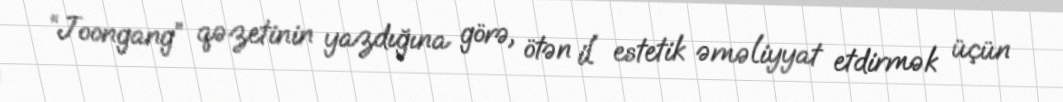
“Joongang” qəzetinin yazdığına görə, ötən il estetik əməliyyat etdirmək üçün